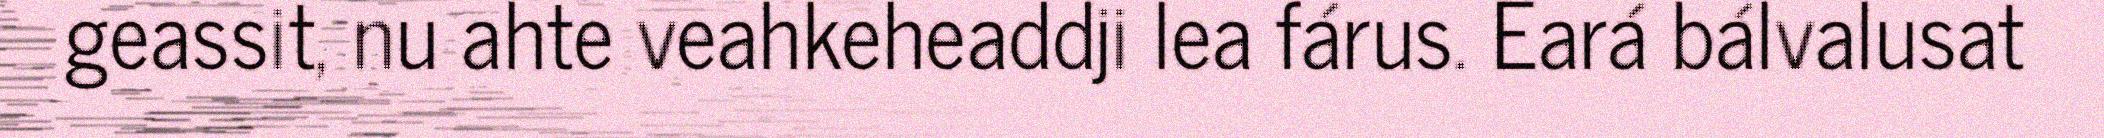
geassit, nu ahte veahkeheaddji lea fárus. Eará bálvalusat